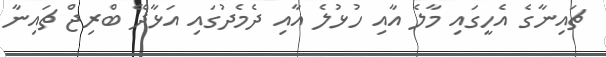
ޗައިނާގެ އެހީގައި މާލެ އާއި ހުޅުލެ އާއި ދެމެދުގައި އަޅާދޭ ބްރިޖް ޗައިނާ